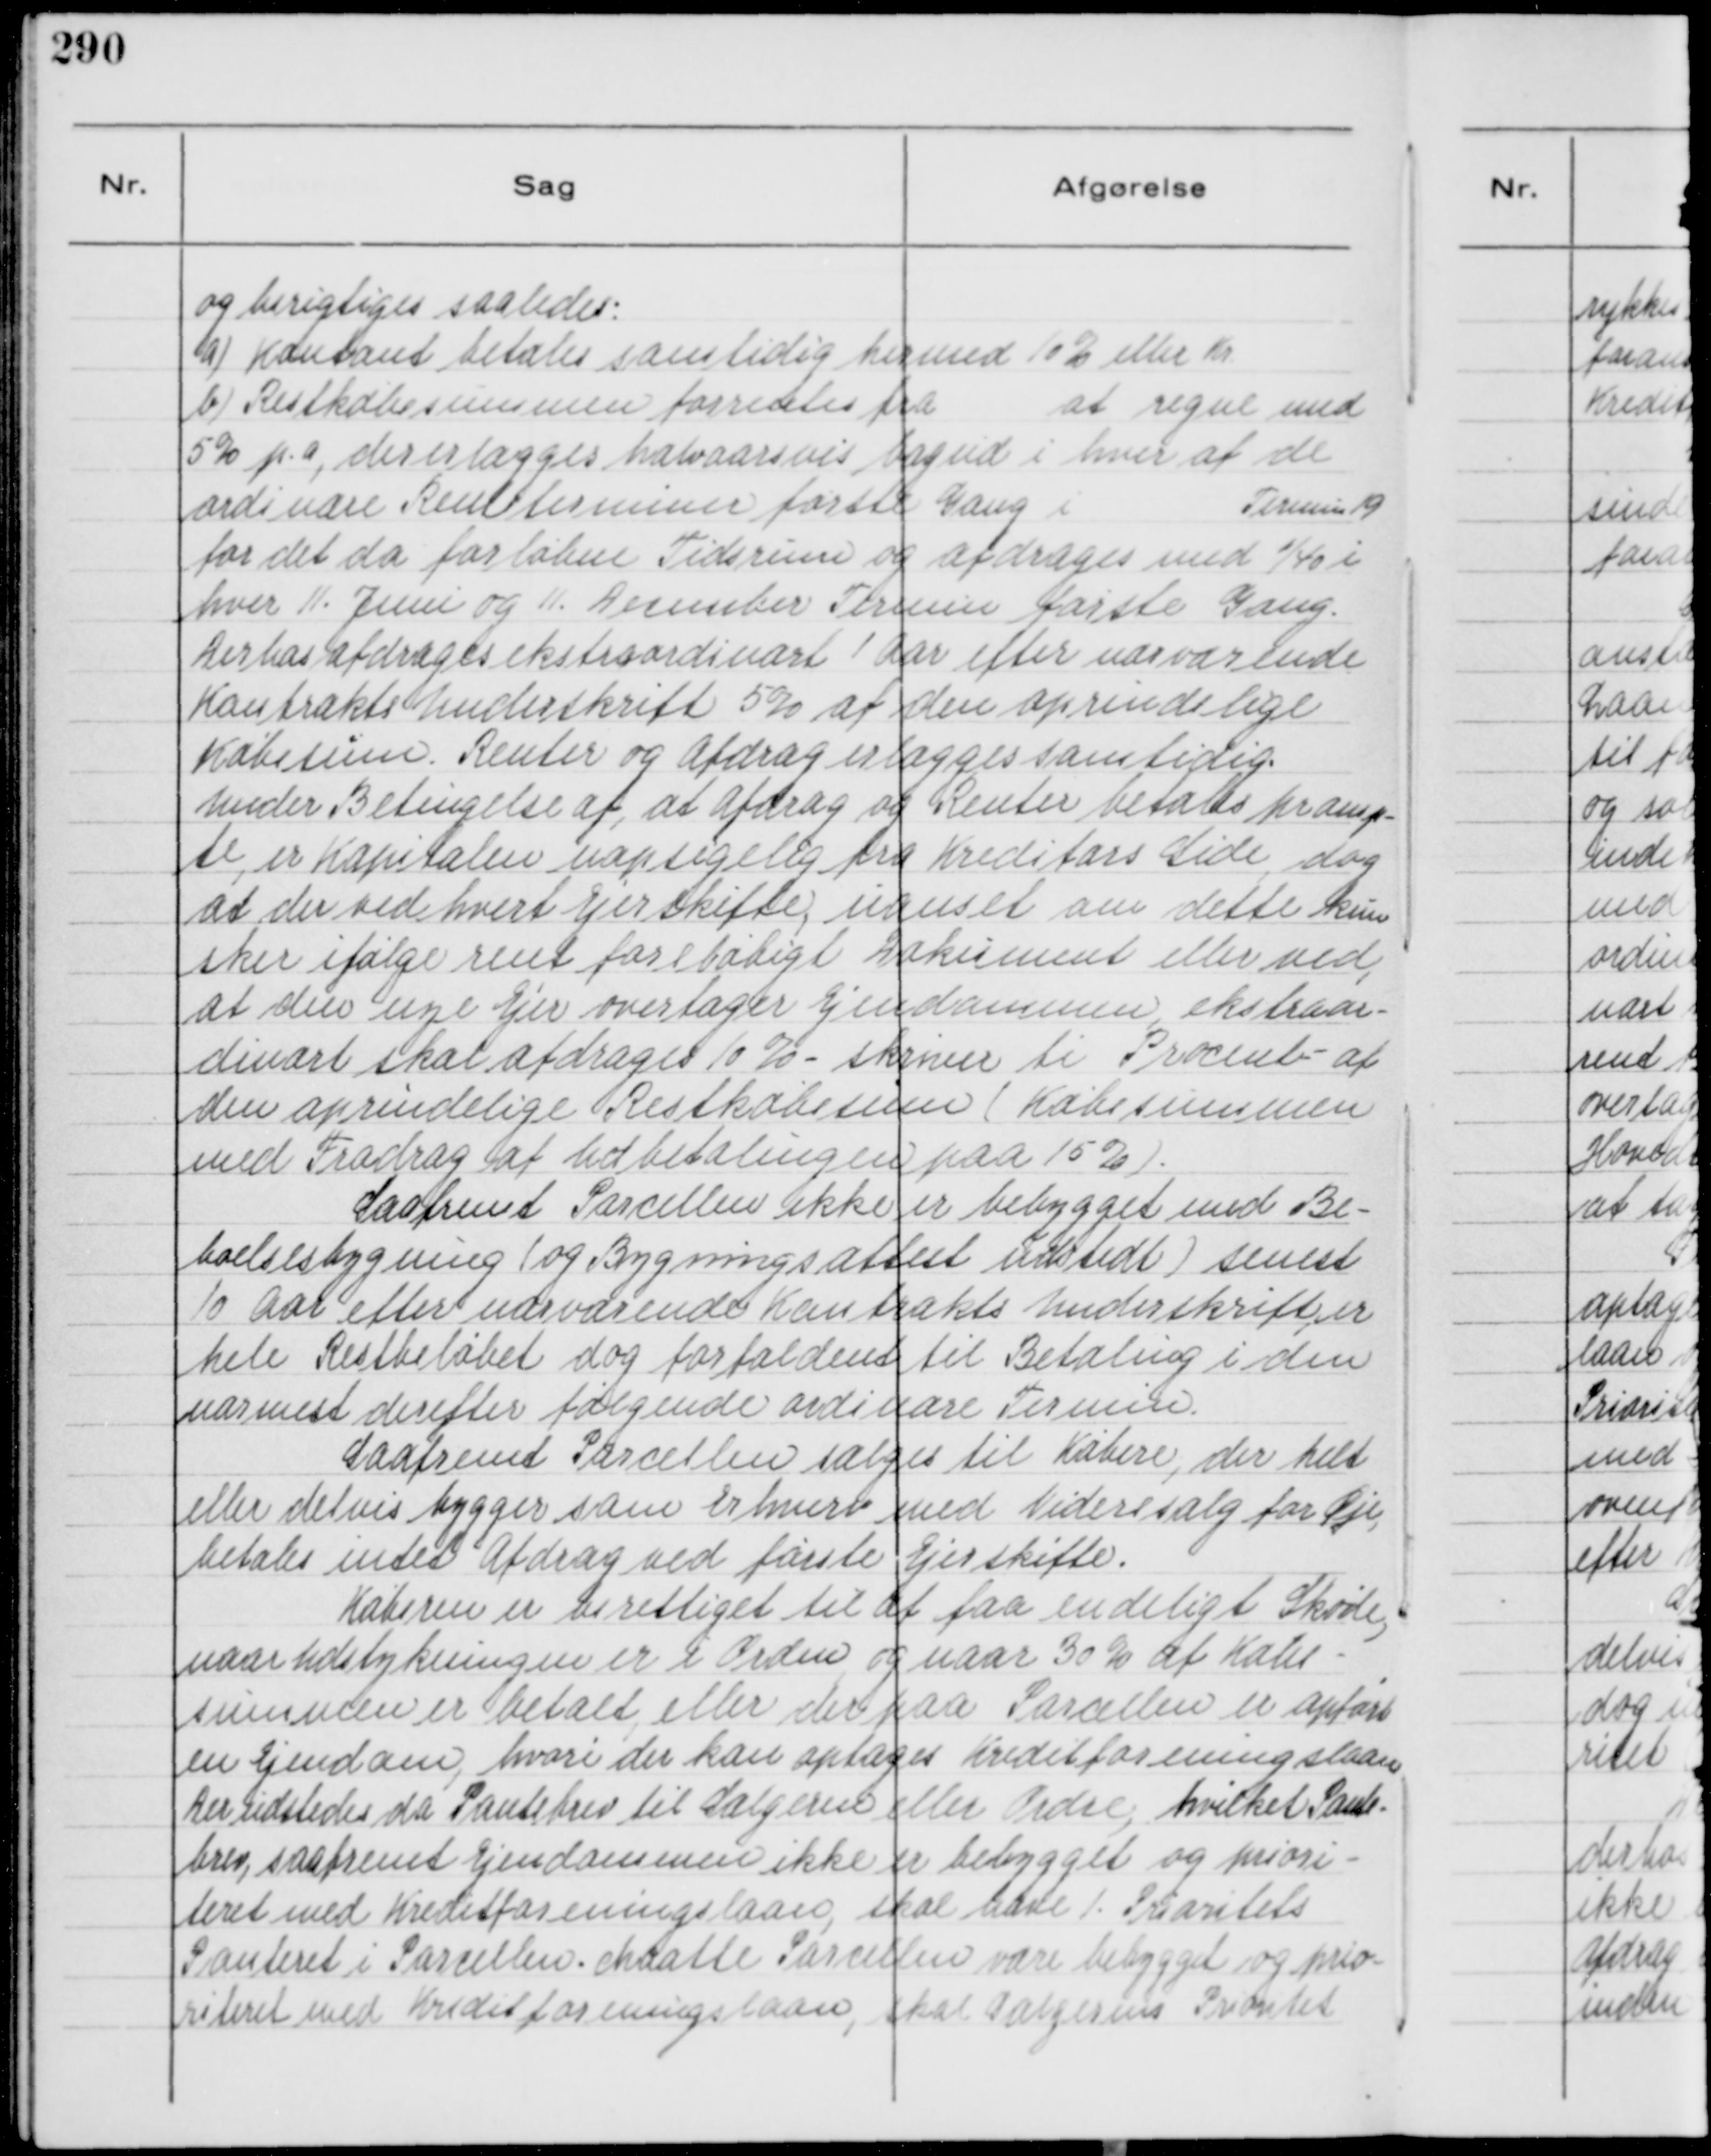
Transskription:
og berigtiges saaledes:
a) Kontant betales samtidig hermed 10% eller Kr.
b) Restkøbesummen forrentes fra
at regne med
5% p. a, der erlægges halvaarsvis bagud i hver af de
ordinære Renteterminer første Gang i
Termin 19
for det da forløbne Tidsrum og afdrages med 1/40 i
hver 11. Juni og 11. December Termin første Gang.
Derhos afdrages ekstraordinært 1 Aar efter nærværende
Kontrakts Underskrift 5% af den oprindelige
Købesum. Renter og Afdrag erlægges samtidig
under Betingelse af, at Afdrag og Renter betales promp-
te, er Kapitalen uopsigelig fra Kreditors Side, dog
at der ved hvert Ejerskifte, uanset om dette kun
sker ifølge rent foreløbigt Dokument eller ved,
at den nye Ejer overdrager Ejendommen ekstraor-
dinært skal afdrages 10% - skriver ti Procent - af
den oprindelige Restkøbesum ( Købesummen
med Fradrag af Udbetalingen paa 15% ).
Saafremt Parcellen ikke er bebygget med Be-
boelsesbygning ( og Bygningsattest udstedt ) senest
10 Aar efter nærværende Kontrakts Underskrift, er
hele Restbeløbet dog forfaldent til Betaling i den
nærmest derefter følgende ordinære Termin.
Saafremt Parcellen sælges til Købere, der helt
eller delvis bygger som Erhverv med Videresalg for Øje,
betales intet Afdrag ved første Ejerskifte.
Køberen er berettiget til at faa endeligt Skøde,
naar Udstykningen er i Orden og naar 30% af Købe-
summen er betalt, eller der paa Parcellen er opført
en Ejendom, hvori der kan optages Kreditforeningslaan
Der udstedes da Pantebrev til Sælgeren eller Ordre; hvilket Pante-
brev, saafremt Ejendommen ikke er bebygget og priori-
teret med Kreditforeningslaan, skal have 1. Prioritet
Panteret i Parcellen. Maatte Parcellen være bebygget og prio-
riteret med Kreditforeningslaan, skal Sælgerens Prioritet